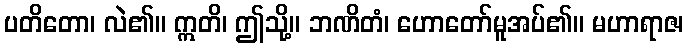
ပတိတော၊ လဲ၏။ ဣတိ၊ ဤသို့။ ဘဏိတံ၊ ဟောတော်မူအပ်၏။ မဟာရာဇ၊